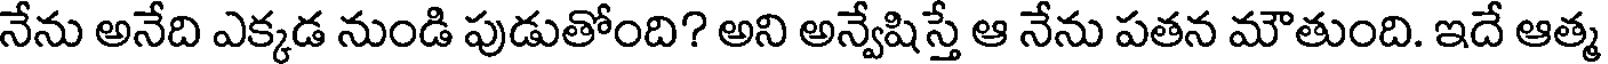
నేను అనేది ఎక్కడ నుండి పుడుతోంది? అని అన్వేషిస్తే ఆ నేను పతన మౌతుంది. ఇదే ఆత్మ